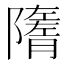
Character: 𨽋